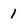
Character: 1